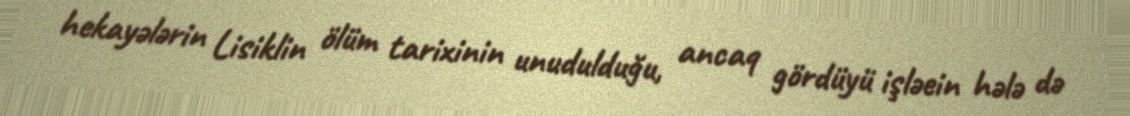
hekayələrin Lisiklin ölüm tarixinin unudulduğu, ancaq gördüyü işləein hələ də